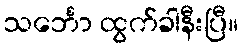
သင်္ဘော ထွက်ခါနီးပြီ။